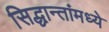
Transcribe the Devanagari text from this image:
सिद्धान्तांमध्ये